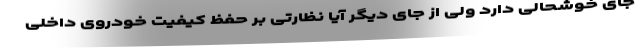
جای خوشحالی دارد ولی از جای دیگر آیا نظارتی بر حفظ کیفیت خودروی داخلی